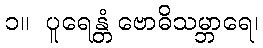
၁။  ပူရေန္တံ ဗောဓိသမ္ဘာရေ၊